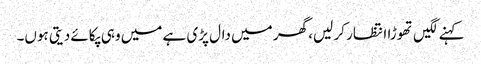
کہنے لگیں تھوڑا انتظار کر لیں، گھر میں دال پڑی ہے میں وہی پکائے دیتی ہوں۔